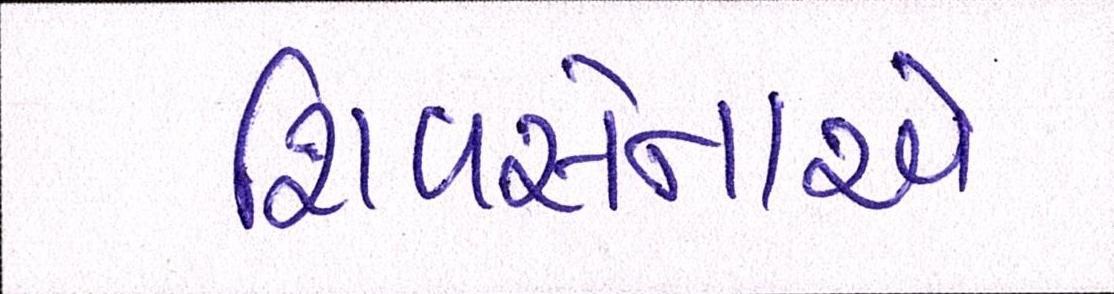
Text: શિવસેનાએ